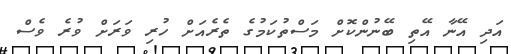
އަދި އޭނާ އޭތި ބޭނުންކޮށް މަސްތުކަމުގެ ތެރެއަށް ހުރި ވަރަށް ވުރެ ވެސް